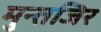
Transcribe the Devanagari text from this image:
मुन्तजिर